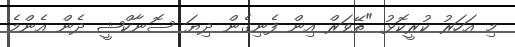
މި އަހަރު ކުރީކޮޅު "ތޭވަރް އިން ފެނިގެން ދިޔަ ސޮނާކްޝީ ދެން އެންމެ